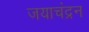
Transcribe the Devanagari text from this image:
जयाचंद्रन